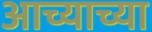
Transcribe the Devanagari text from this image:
आच्याच्या